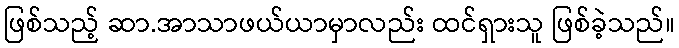
ဖြစ်သည့် ဆာ.အာသာဖယ်ယာမှာလည်း ထင်ရှားသူ ဖြစ်ခဲ့သည်။